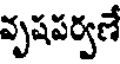
వృషపర్వణే